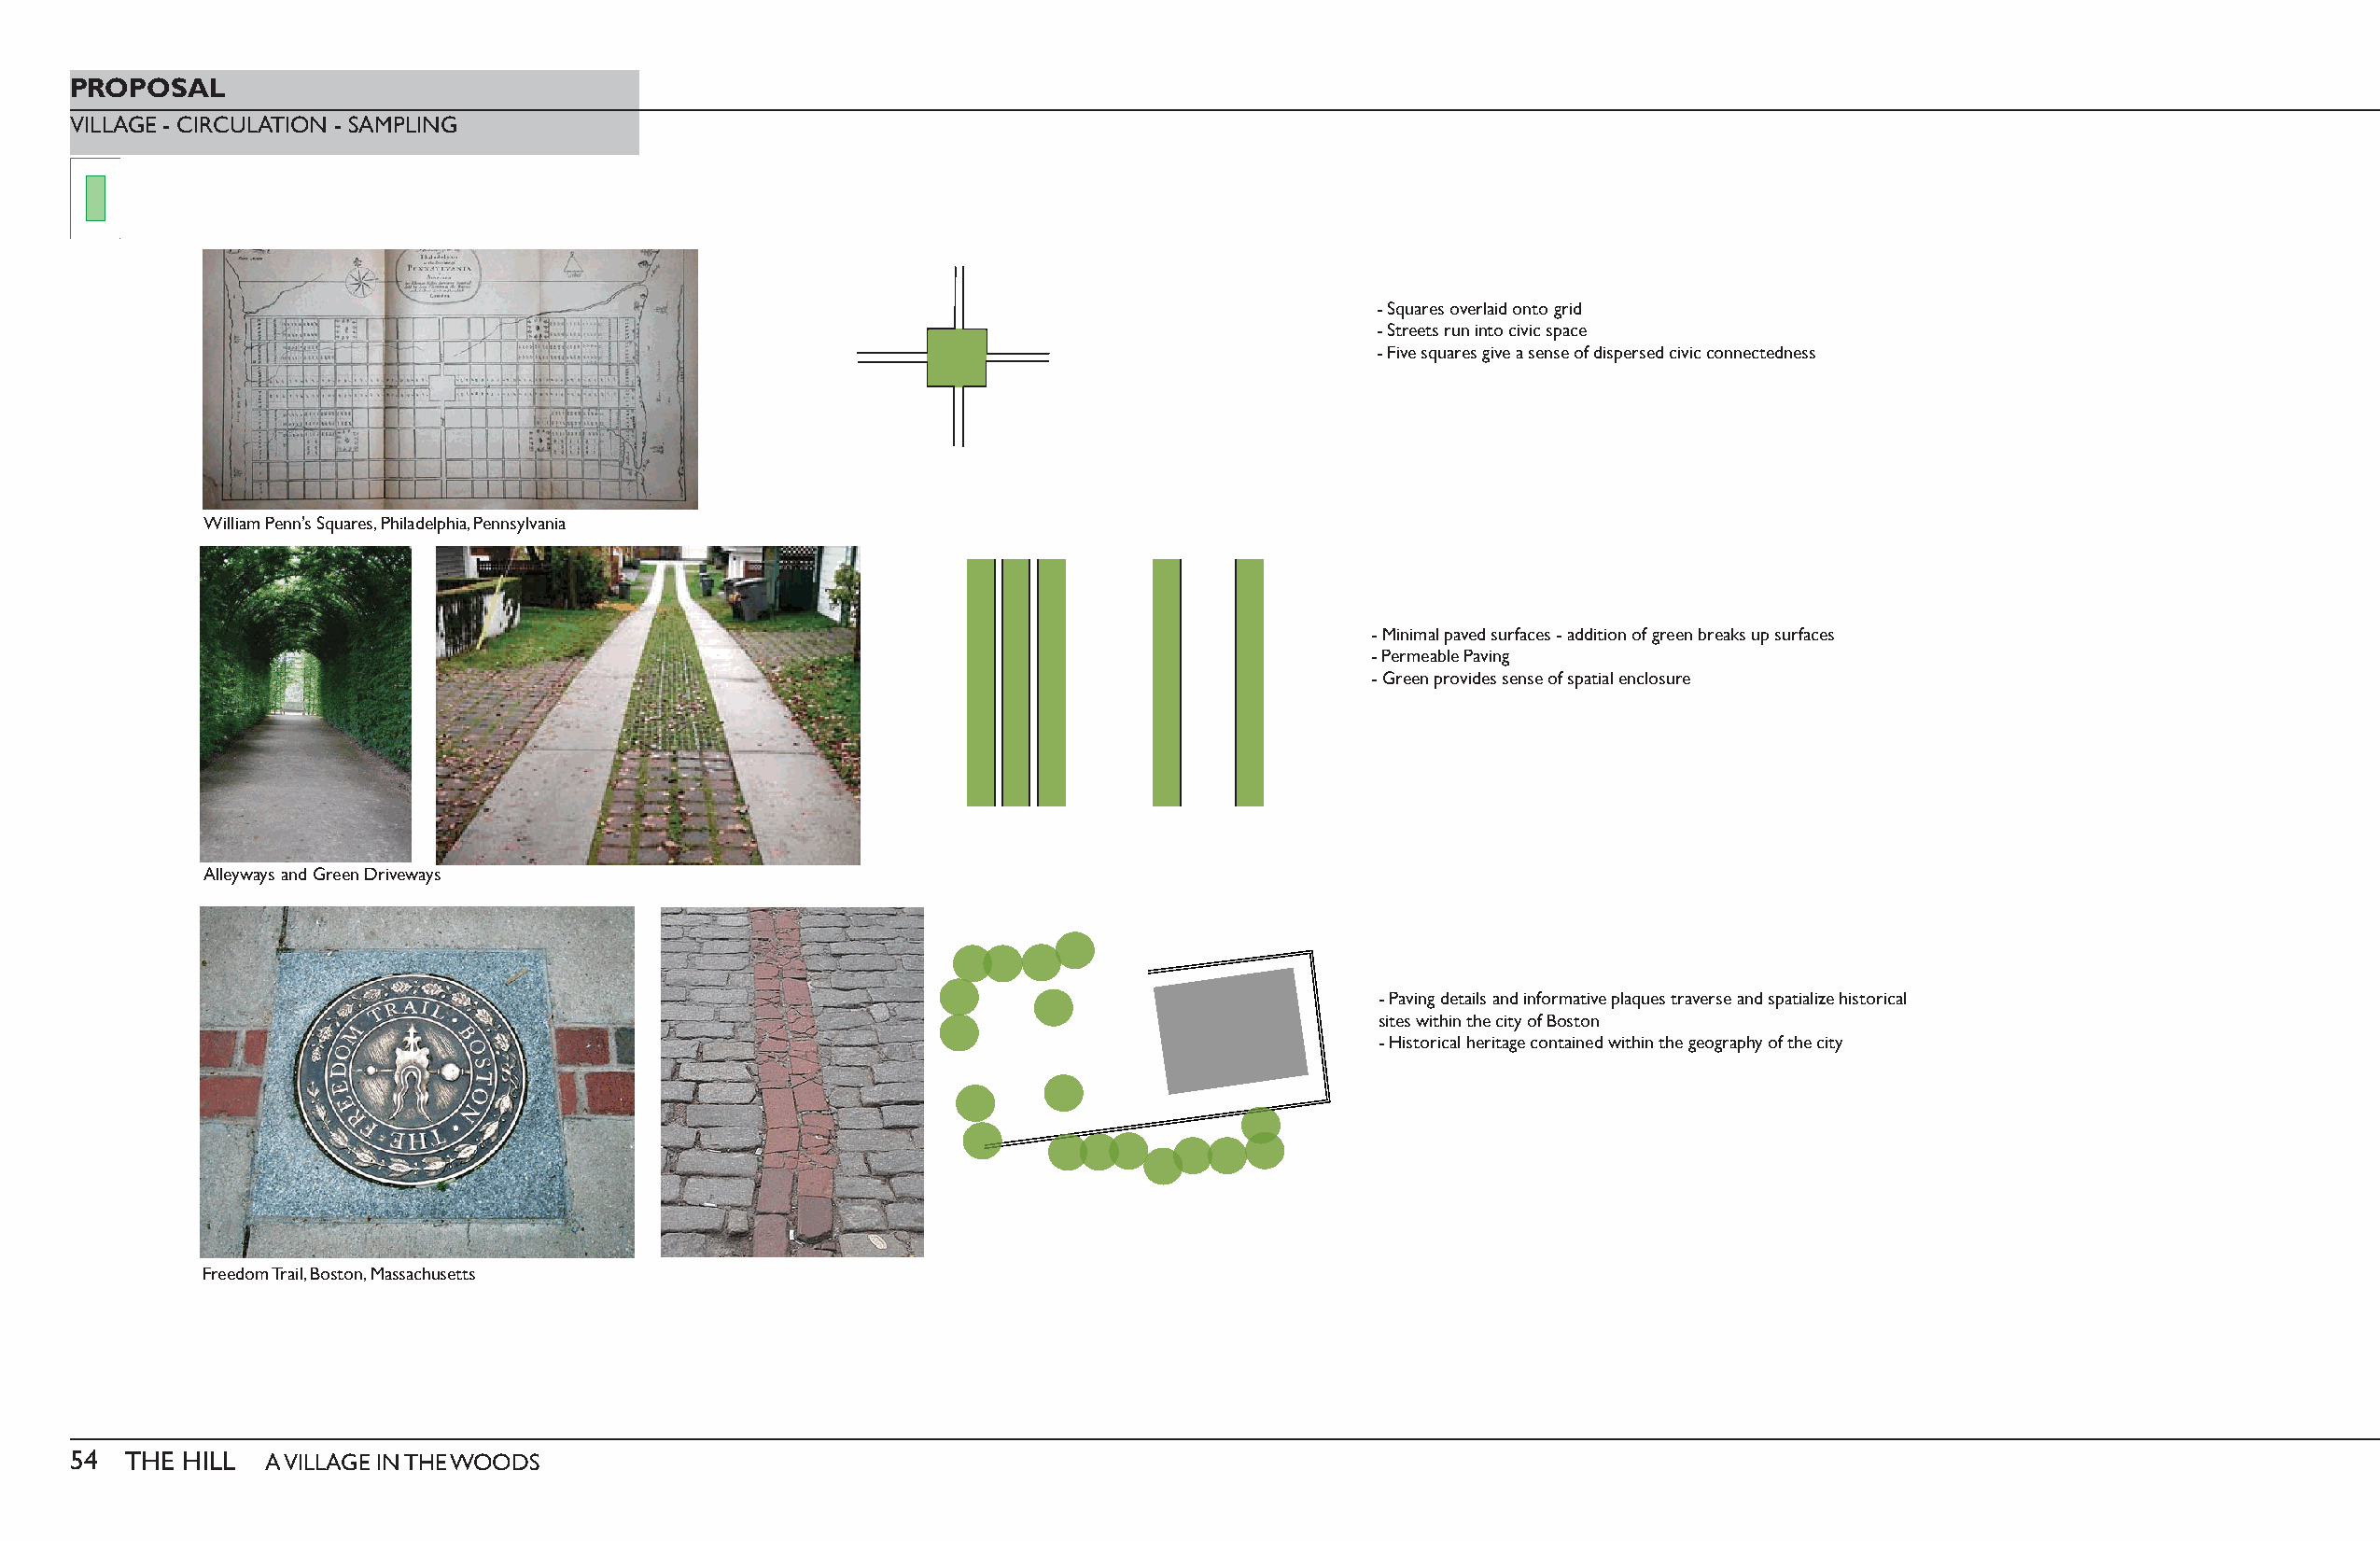
PROPOSAL
 VILLAGE - CIRCULATION - SAMPLING
 - Squares overlaid onto grid
 - Streets run into civic space
 - Five squares give a sense of dispersed civic connectedness
 William Penn’s Squares, Philadelphia, Pennsylvania
 - Minimal paved surfaces - addition of green breaks up surfaces
 - Permeable Paving
 - Green provides sense of spatial enclosure
 Alleyways and Green Driveways
 - Paving details and informative plaques traverse and spatialize historical
 sites within the city of Boston
 - Historical heritage contained within the geography of the city
 Freedom Trail, Boston, Massachusetts
 54  THE HILL  A VILLAGE IN THE WOODS